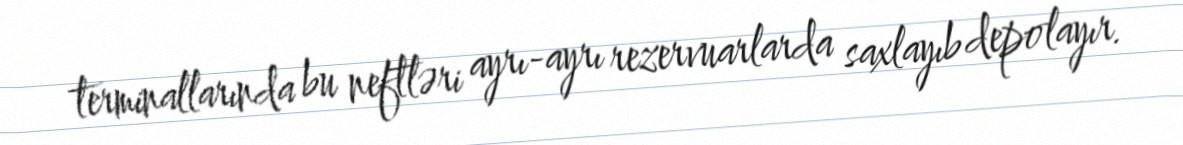
terminallarında bu neftləri ayrı-ayrı rezervuarlarda saxlayıb depolayır.